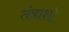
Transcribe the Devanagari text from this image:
तंत्राशी